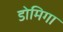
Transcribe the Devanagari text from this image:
डोमिगा